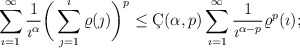
\begin{align*} \sum_{\imath=1}^{\infty}\frac{1}{\imath^\alpha}\bigg(\sum_{\jmath=1}^{\imath}\varrho(\jmath)\bigg)^p \leq \c{C}(\alpha,p)\sum_{\imath=1}^{\infty}\frac{1}{\imath^{\alpha-p}}\varrho^p(\imath);\end{align*}